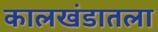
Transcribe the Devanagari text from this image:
कालखंडातला